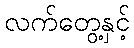
လက်တွေ့နှင့်